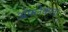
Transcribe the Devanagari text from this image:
ॲफ्लेकला